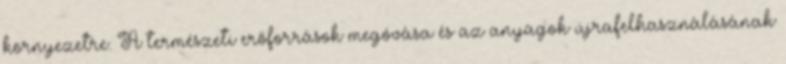
környezetre. A természeti erőforrások megóvása és az anyagok újrafelhasználásának